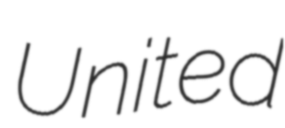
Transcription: United